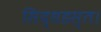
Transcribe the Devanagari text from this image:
सिद्धहस्त।